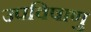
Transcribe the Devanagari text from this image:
उपविषाणु